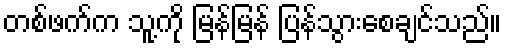
တစ်ဖက်က သူ့ကို မြန်မြန် ပြန်သွားစေချင်သည်။